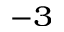
^ { - 3 }